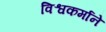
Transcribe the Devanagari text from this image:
विश्वकर्माने